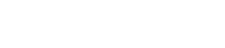
ဒိုင်ယက်စ်က အကြံပြုပါတယ်။